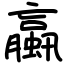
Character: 蠃